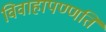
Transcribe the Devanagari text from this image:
विवाहापण्णति